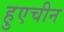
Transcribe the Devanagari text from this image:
हुएचीन